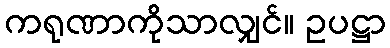
ကရုဏာကိုသာလျှင်။ ဥပဋ္ဌာ